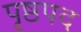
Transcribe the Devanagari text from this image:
पृष्ठपद